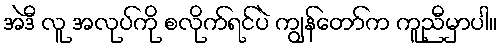
အဲဒီ လူ အလုပ်ကို စလိုက်ရင်ပဲ ကျွန်တော်က ကူညီမှာပါ။